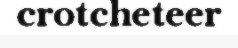
crotcheteer